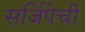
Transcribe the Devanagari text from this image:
सर्जिपेची